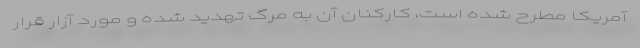
آمریکا مطرح شده است، کارکنان آن به مرگ تهدید شده‌ و مورد آزار قرار